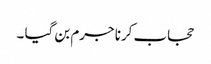
حجاب کرنا جرم بن گیا ۔